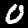
Label: 0